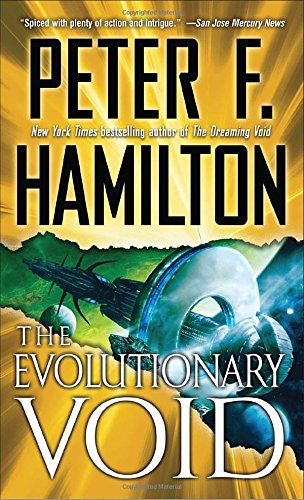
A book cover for The Evolutionary Void (Void Trilogy, Book 3); Peter F. Hamilton; Mystery, Thriller & Suspense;